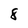
Character: 8